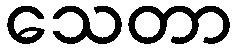
သေတာ